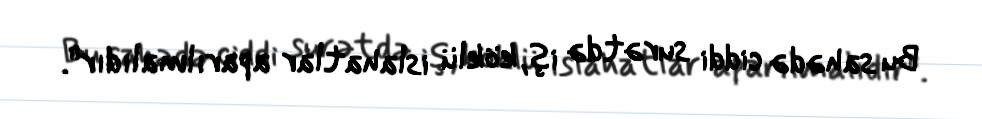
Bu sahədə ciddi surətdə iş, köklü islahatlar aparılmalıdır".